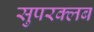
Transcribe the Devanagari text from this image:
सुपरक्लब